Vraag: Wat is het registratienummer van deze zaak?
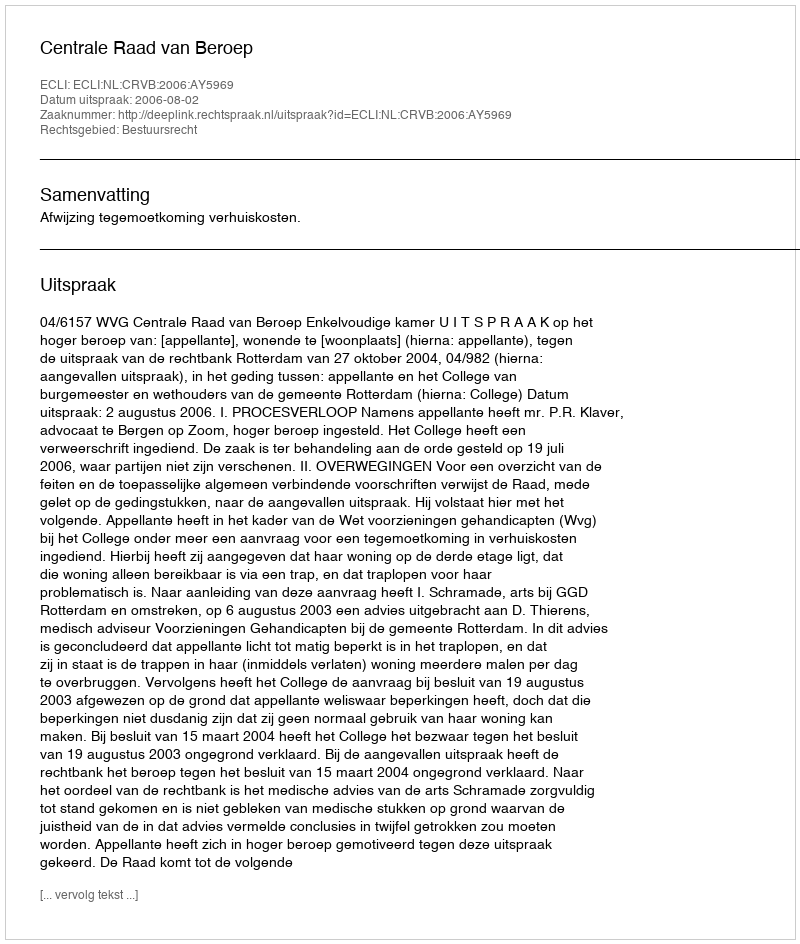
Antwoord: http://deeplink.rechtspraak.nl/uitspraak?id=ECLI:NL:CRVB:2006:AY5969